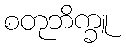
စတုဘိက္ခူ